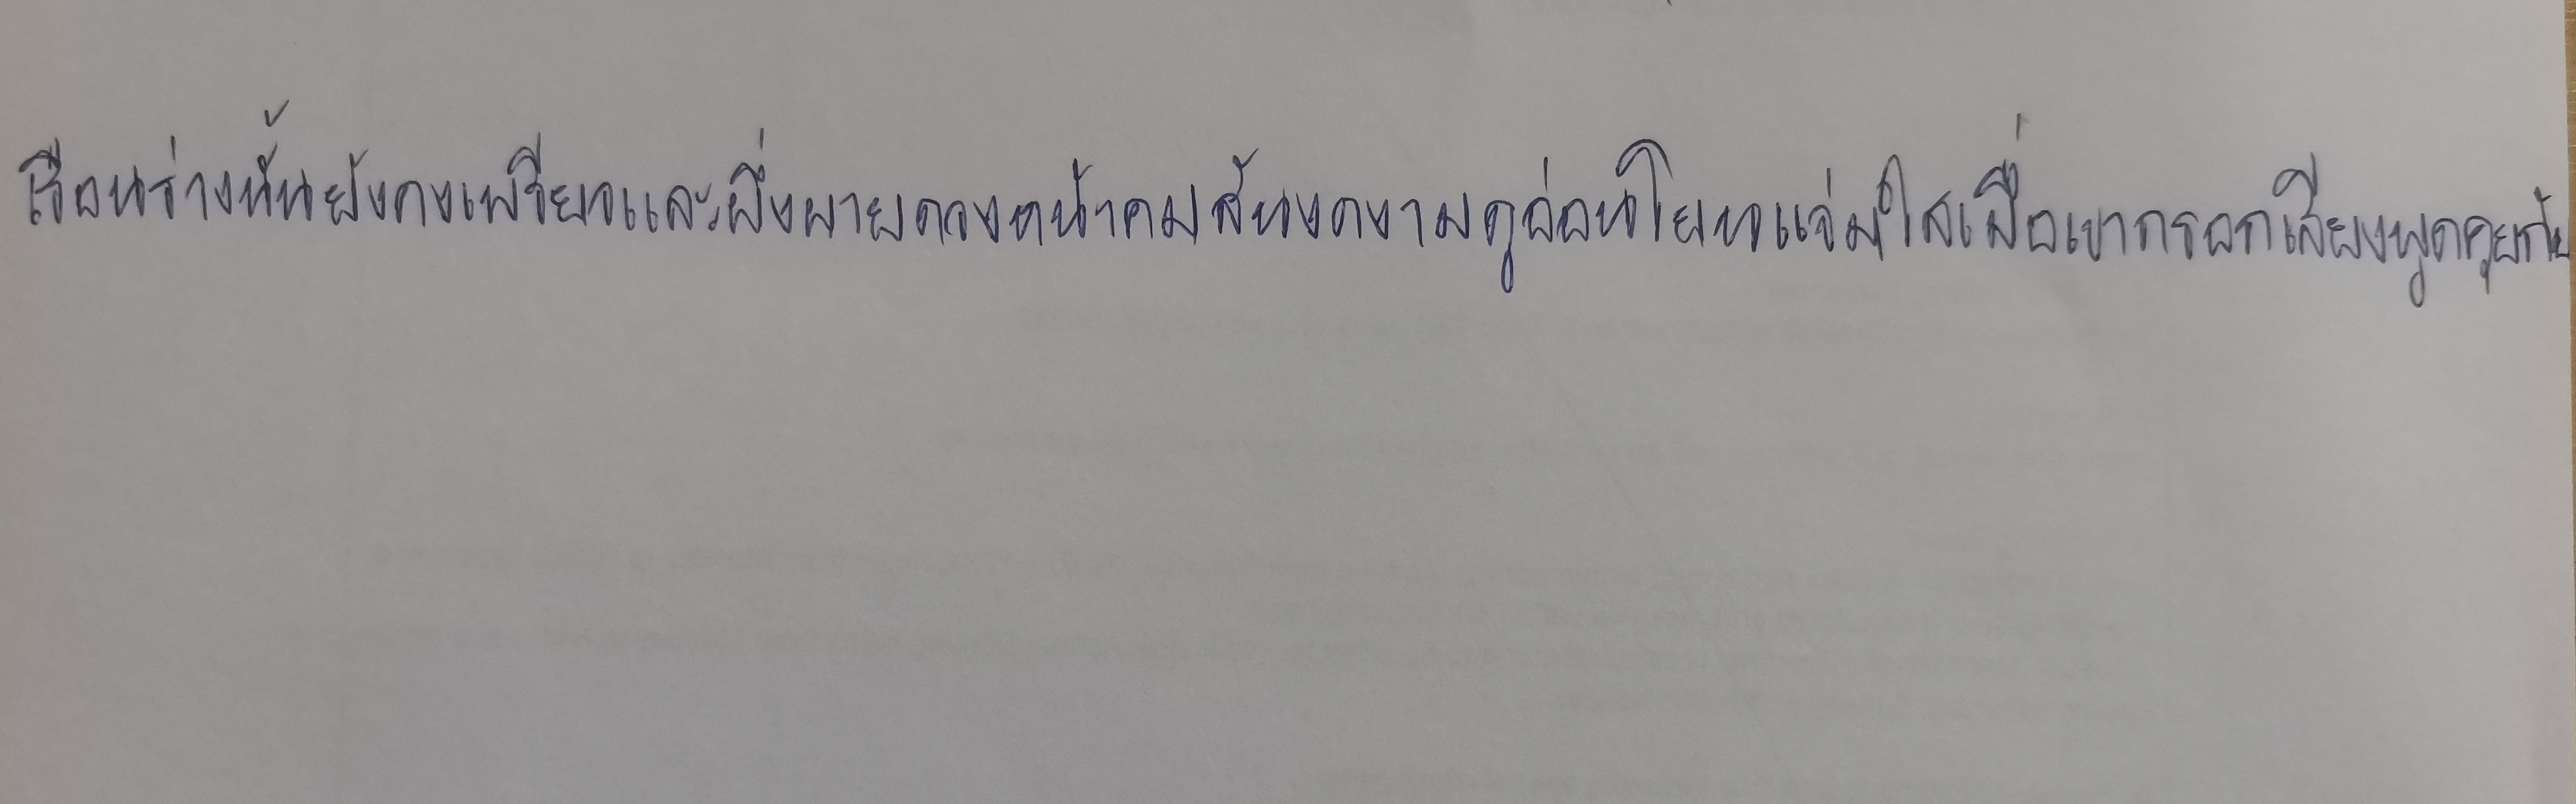
เรือนร่างนั้นยังคงเพรียวและผึ่งผายดวงหน้าคมสันงดงามดูอ่อนโยนแจ่มใสเมื่อเขากรอกเสียงพูดคุยกับ